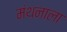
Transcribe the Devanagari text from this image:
मंथनाला